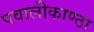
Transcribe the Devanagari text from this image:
पवालीकाण्ठा